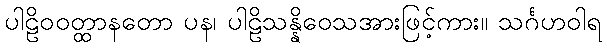
ပါဠိဝဝတ္ထာနတော ပန၊ ပါဠိသန္နိဝေသအားဖြင့်ကား။ သင်္ဂဟဝါရ